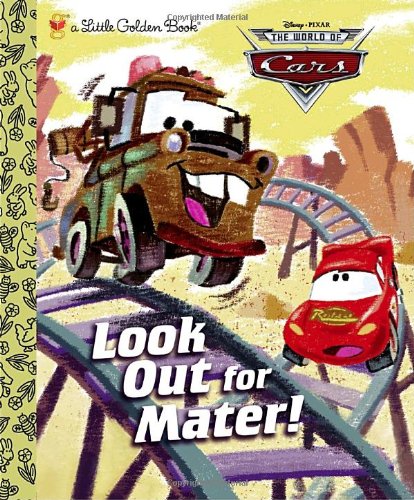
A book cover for Look Out for Mater! (Disney/Pixar Cars) (Little Golden Book); RH Disney; Children's Books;